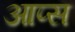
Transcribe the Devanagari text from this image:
आप्स